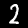
Digit: 2